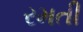
રમતી